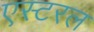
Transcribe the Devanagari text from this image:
एस्टरल